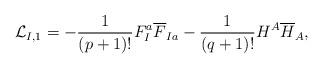
LaTeX: \begin{align*}{\cal L}_{I,1}= -\frac{1}{(p+1)!} F_I^a {\overline F}_{Ia} -\frac{1}{(q+1)!} H^A {\overline H}_A,\end{align*}